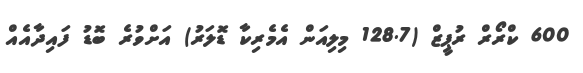
600 ކްރޯރް ރުޕީޒް (128.7 މިލިއަން އެމެރިކާ ޑޮލަރު) އަށްވުރެ ބޮޑު ފައިދާއެއް